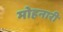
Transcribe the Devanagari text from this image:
मोहनारी